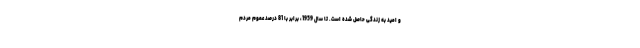
و امید به زندگی حاصل شده است. تا سال 1959، برابر با 81 درصد عموم مردم